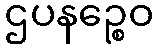
ဌပနဉ္စေဝ